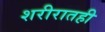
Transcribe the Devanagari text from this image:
शरीरातही